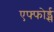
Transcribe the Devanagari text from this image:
एफ्फोर्ड्स